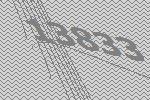
13833